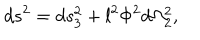
LaTeX: d s ^ { 2 } = d s _ { 3 } ^ { 2 } + l ^ { 2 } \Phi ^ { 2 } d \Omega _ { 2 } ^ { 2 } ,